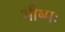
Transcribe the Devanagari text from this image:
भीष्मः